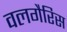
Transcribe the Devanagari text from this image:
वलगैरिस